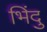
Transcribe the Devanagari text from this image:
भिंदु